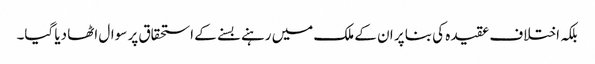
بلکہ اختلاف عقیدہ کی بنا پر ان کے ملک میں رہنے بسنے کے استحقاق پر سوال اٹھا دیا گیا۔